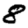
Digit: 8